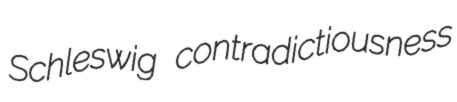
Schleswig contradictiousness